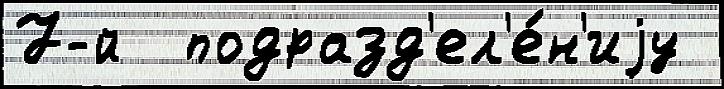
7-й  подразд'ел'е́н'иjу